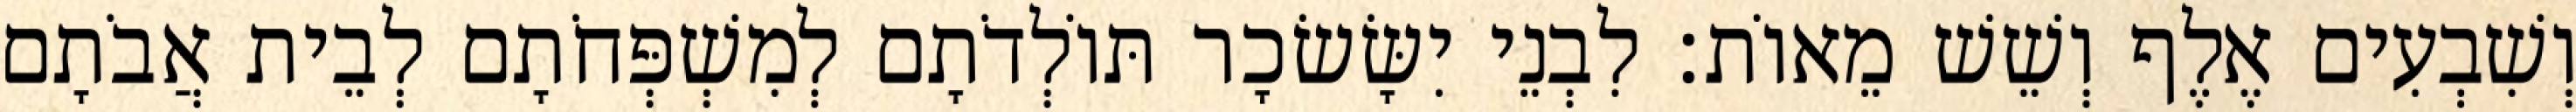
וְשִׁבְעִים אֶלֶף וְשֵׁשׁ מֵאוֹת׃ לִבְנֵי יִשָּׂשׂכָר תּוֹלְדֹתָם לְמִשְׁפְּחֹתָם לְבֵית אֲבֹתָם